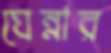
ঘেন্নার